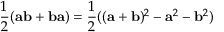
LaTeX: { \frac { 1 } { 2 } } ( \mathbf { a b } + \mathbf { b a } ) = { \frac { 1 } { 2 } } ( ( \mathbf { a } + \mathbf { b } ) ^ { 2 } - \mathbf { a } ^ { 2 } - \mathbf { b } ^ { 2 } )